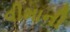
વીમાની